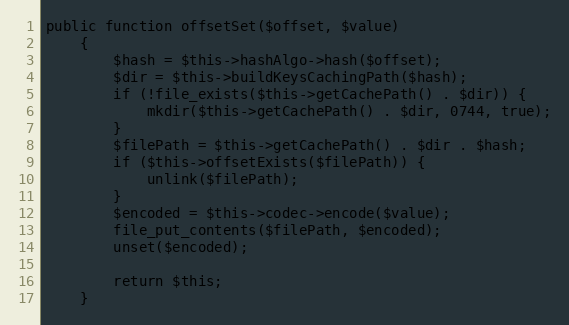
Language: PHP
public function offsetSet($offset, $value)
    {
        $hash = $this->hashAlgo->hash($offset);
        $dir = $this->buildKeysCachingPath($hash);
        if (!file_exists($this->getCachePath() . $dir)) {
            mkdir($this->getCachePath() . $dir, 0744, true);
        }
        $filePath = $this->getCachePath() . $dir . $hash;
        if ($this->offsetExists($filePath)) {
            unlink($filePath);
        }
        $encoded = $this->codec->encode($value);
        file_put_contents($filePath, $encoded);
        unset($encoded);

        return $this;
    }